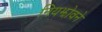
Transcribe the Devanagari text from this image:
नियझोवने